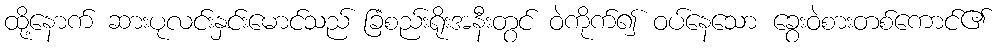
ထို့နောက် ဆားပုလင်းနှင်းမောင်သည် ခြံစည်းရိုးအနီးတွင် ဝဲကိုက်၍ ဝပ်နေသော ခွေးဝဲစားတစ်ကောင်၏